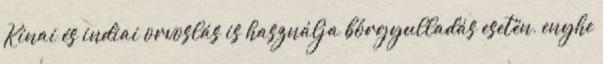
Kínai és indiai orvoslás is használja bőrgyulladás esetén, enyhe